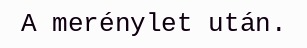
A merénylet után.